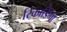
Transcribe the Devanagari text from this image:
रिकार्डिंगों